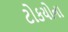
ટોકયોના